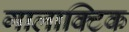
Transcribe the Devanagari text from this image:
गालाक्टिक